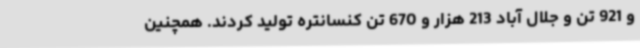
و 921 تن و جلال آباد 213 هزار و 670 تن کنسانتره تولید کردند. همچنین